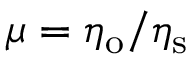
\mu = \eta _ { \mathrm { o } } / \eta _ { \mathrm { s } }